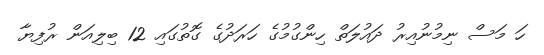
ހަ މަސް ނިމުނުއިރު ދައުލަތް ހިންގުމުގެ ހަރަދުގެ ގޮތުގައި 12 ބިލިއަން ރުފިޔާ